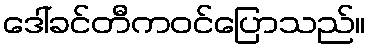
ဒေါ်ခင်တီကဝင်ပြောသည်။